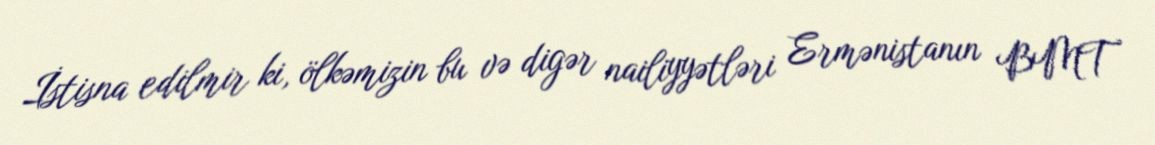
İstisna edilmir ki, ölkəmizin bu və digər nailiyyətləri Ermənistanın BMT